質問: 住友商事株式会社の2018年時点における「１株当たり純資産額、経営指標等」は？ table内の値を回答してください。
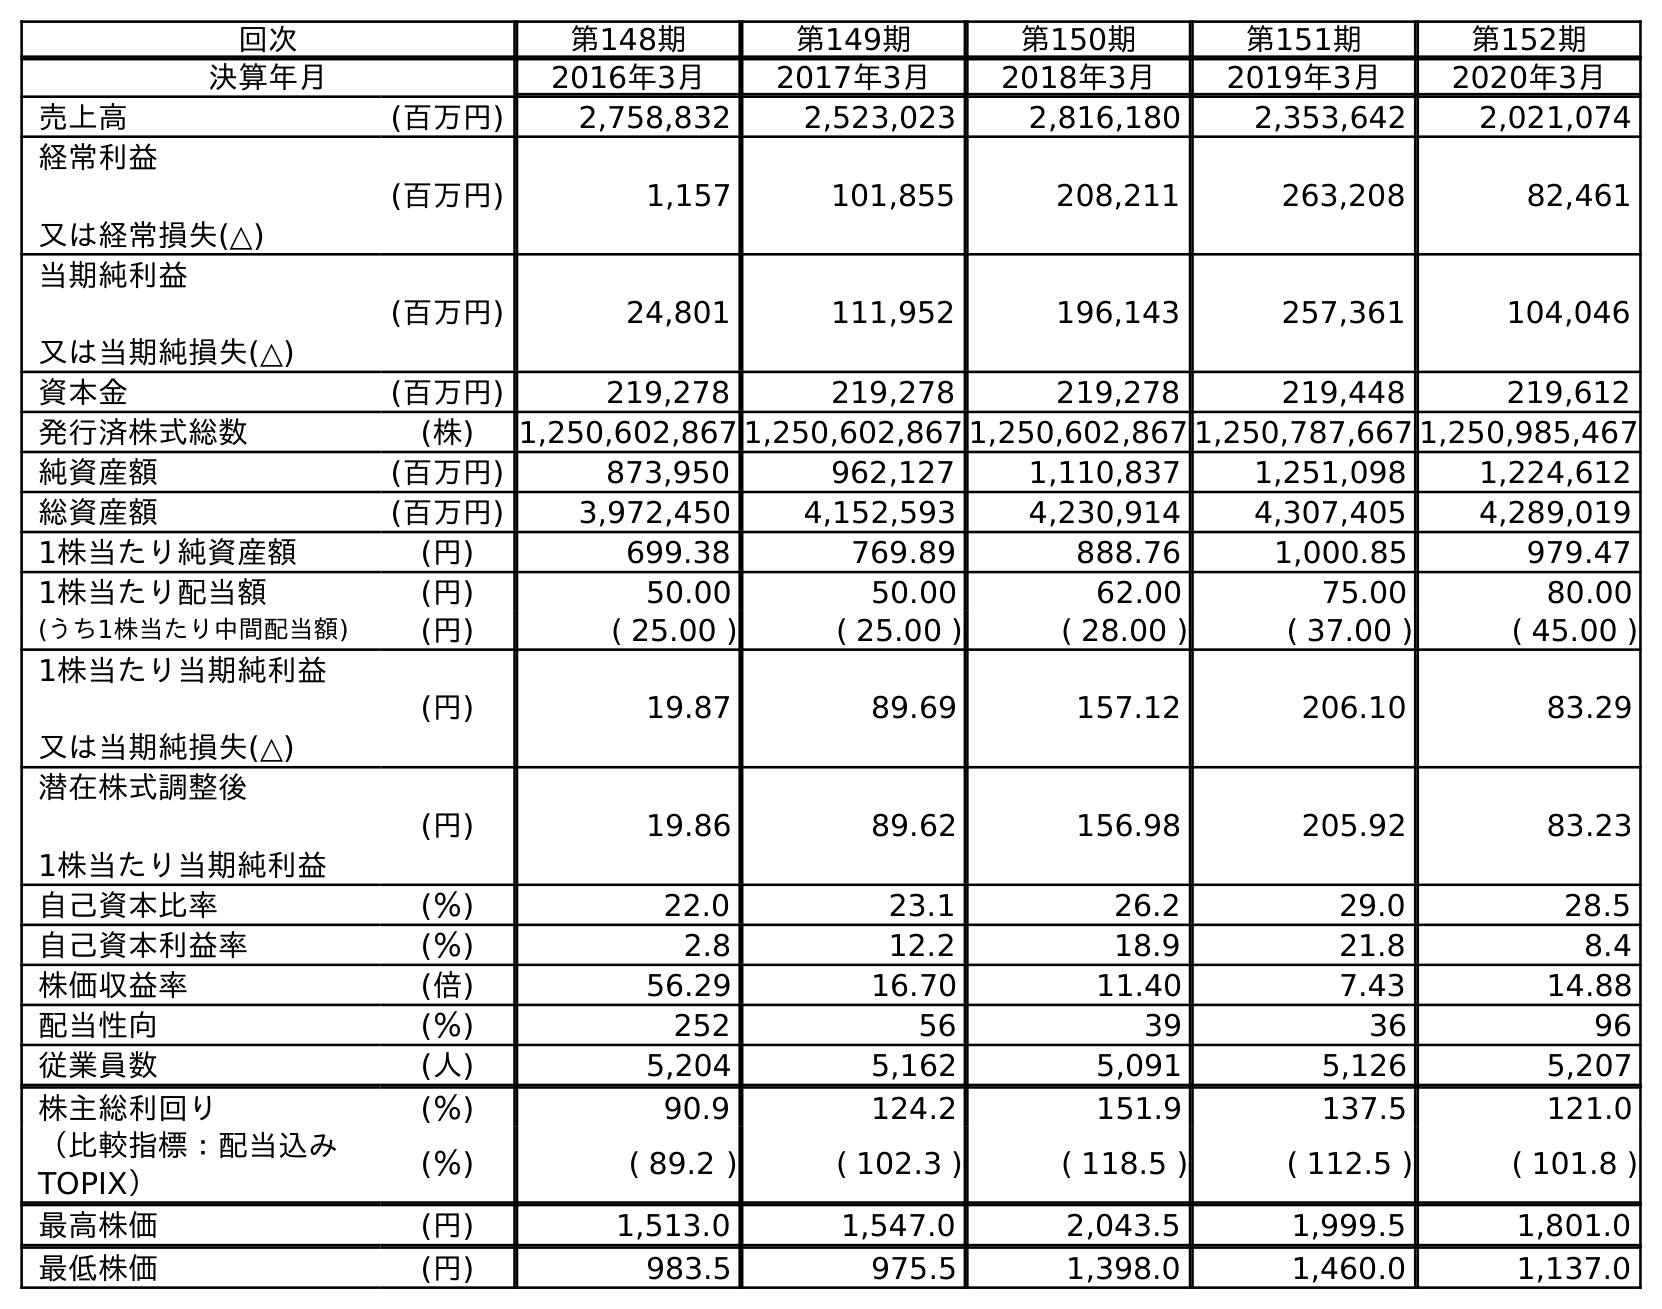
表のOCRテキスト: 回次 第148期 第149期 第150期 第151期 第152期 決算年月 2016年3月 2017年3月 2018年3月 2019年3月 2020年3月 売上高 (百万円) 2,758,832 2,523,023 2,816,180 2,353,642 2,021,074 経常利益 又は経常損失(△) (百万円) 1,157 101,855 208,211 263,208 82,461 当期純利益 又は当期純損失(△) (百万円) 24,801 111,952 196,143 257,361 104,046 資本金 (百万円) 219,278 219,278 219,278 219,448 219,612 発行済株式総数 (株) 1,250,602,867 1,250,602,867 1,250,602,867 1,250,787,667 1,250,985,467 純資産額 (百万円) 873,950 962,127 1,110,837 1,251,098 1,224,612 総資産額 (百万円) 3,972,450 4,152,593 4,230,914 4,307,405 4,289,019 1株当たり純資産額 (円) 699.38 769.89 888.76 1,000.85 979.47 1株当たり配当額 (円) 50.00 50.00 62.00 75.00 80.00 (うち1株当たり中間配当額) (円) ( 25.00 ) ( 25.00 ) ( 28.00 ) ( 37.00 ) ( 45.00 ) 1株当たり当期純利益 又は当期純損失(△) (円) 19.87 89.69 157.12 206.10 83.29 潜在株式調整後 1株当たり当期純利益 (円) 19.86 89.62 156.98 205.92 83.23 自己資本比率 (％) 22.0 23.1 26.2 29.0 28.5 自己資本利益率 (％) 2.8 12.2 18.9 21.8 8.4 株価収益率 (倍) 56.29 16.70 11.40 7.43 14.88 配当性向 (％) 252 56 39 36 96 従業員数 (人) 5,204 5,162 5,091 5,126 5,207 株主総利回り (％) 90.9 124.2 151.9 137.5 121.0 （比較指標：配当込み TOPIX） (％) ( 89.2 ) ( 102.3 ) ( 118.5 ) ( 112.5 ) ( 101.8 ) 最高株価 (円) 1,513.0 1,547.0 2,043.5 1,999.5 1,801.0 最低株価 (円) 983.5 975.5 1,398.0 1,460.0 1,137.0
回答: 888.76